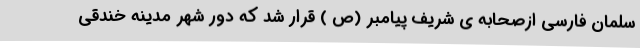
سلمان فارسی ازصحابه ی شریف پیامبر (ص ) قرار شد که دور شهر مدینه خندقی